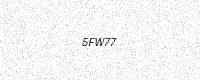
Text: 5FW77